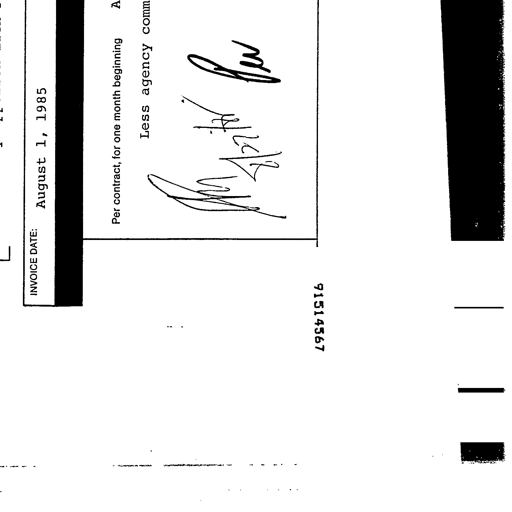
INVOICE DATE: August 1, 1985
Per contract, for one month beginning
Less agency comm
91514567
A
An
4/21/85
Rw